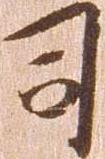
司